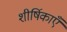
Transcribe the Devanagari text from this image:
शीर्षिकाएँ